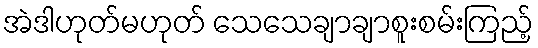
အဲဒါဟုတ်မဟုတ် သေသေချာချာစူးစမ်းကြည့်